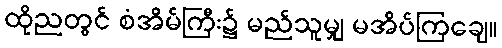
ထိုညတွင် စံအိမ်ကြီး၌ မည်သူမျှ မအိပ်ကြချေ။